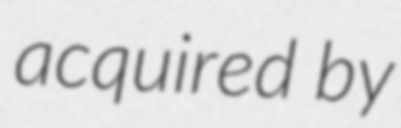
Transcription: acquired  by